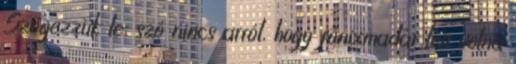
Szögezzük le: szó nincs arról, hogy főnixmadár lett volna